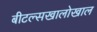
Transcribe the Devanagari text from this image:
बीटल्सखालोखाल